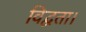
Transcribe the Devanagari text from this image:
विद्वता।